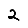
Digit: 2